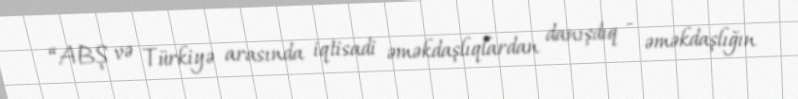
“ABŞ və Türkiyə arasında iqtisadi əməkdaşlıqlardan danışdıq - əməkdaşlığın